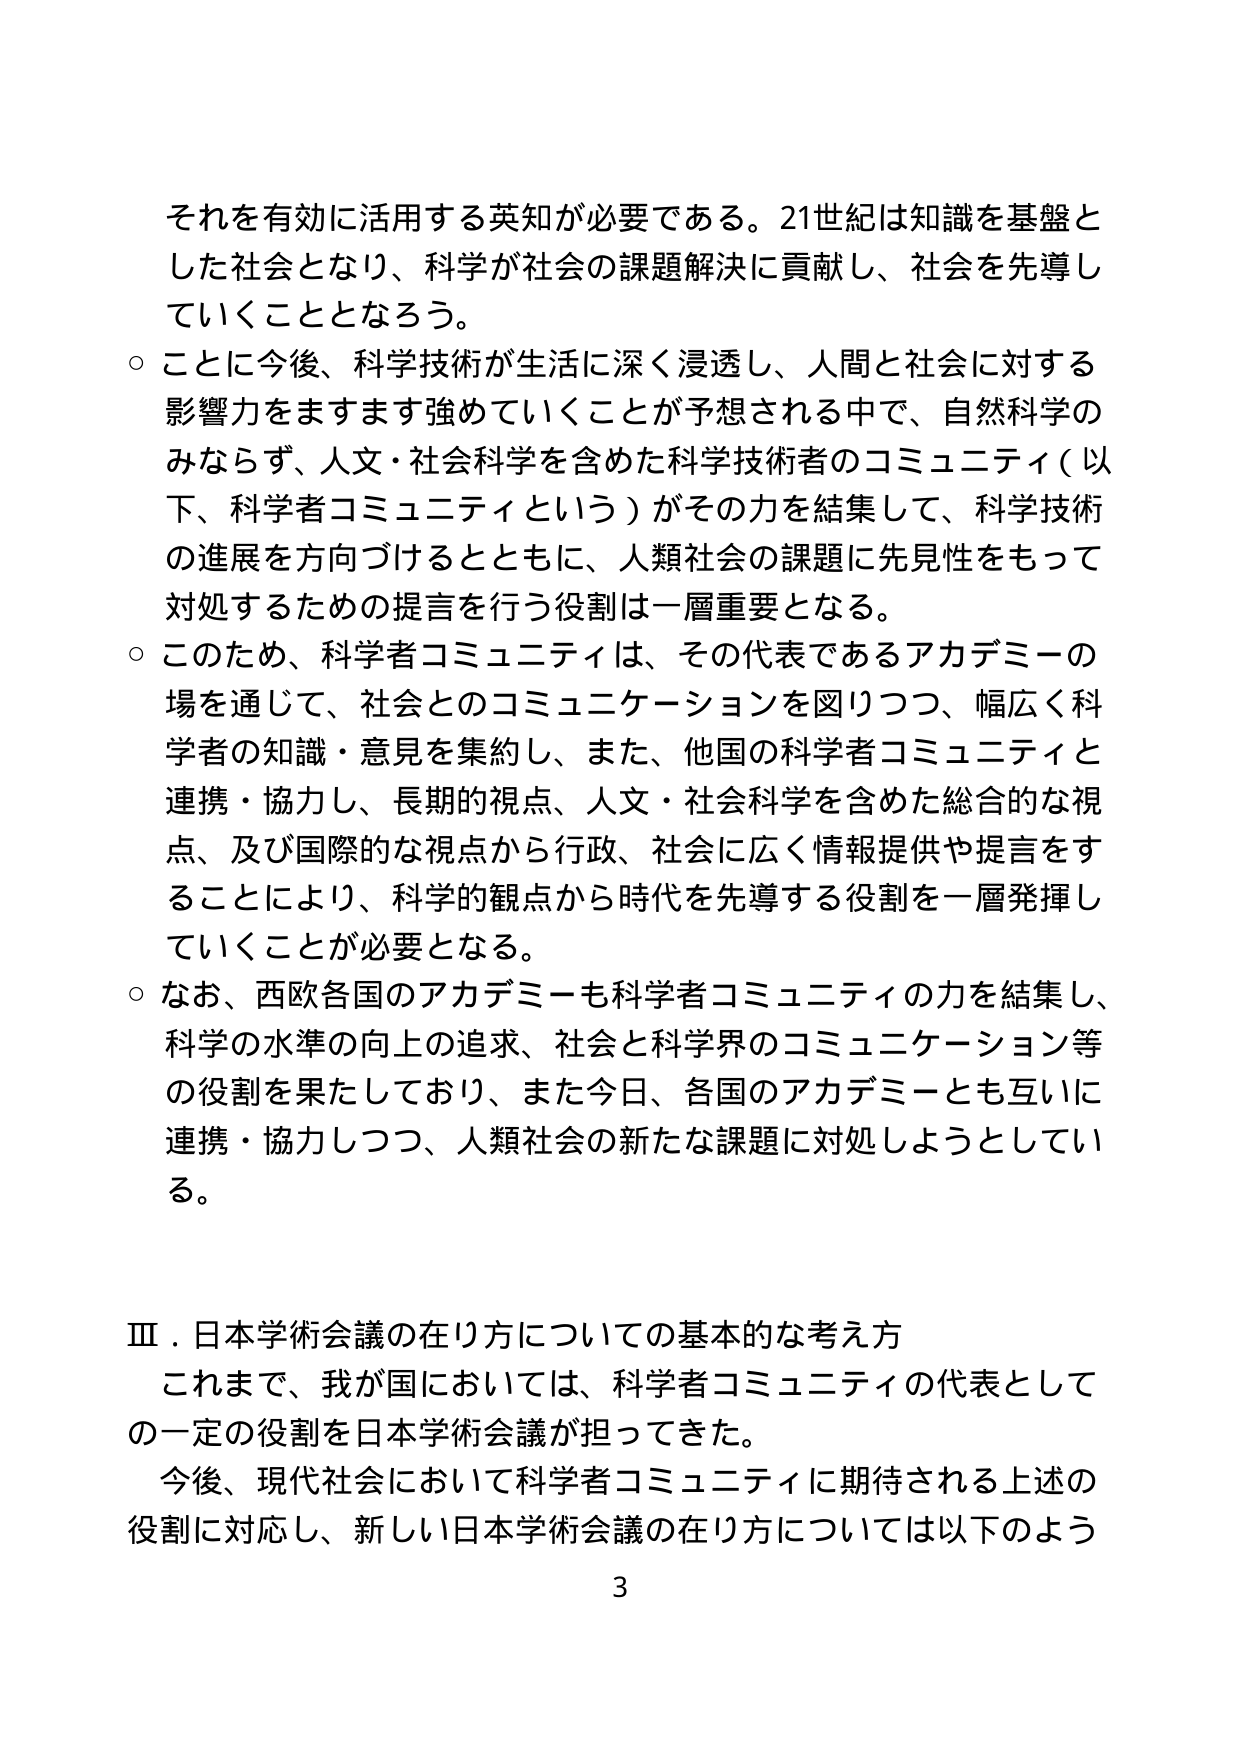
それを有効に活用する英知が必要である。21世紀は知識を基盤とした社会となり、科学が社会の課題解決に貢献し、社会を先導していくこととなろう。

○ ことに今後、科学技術が生活に深く浸透し、人間と社会に対する影響力をますます強めていくことが予想される中で、自然科学のみならず、人文・社会科学を含めた科学技術者のコミュニティ（以下、科学者コミュニティという）がその力を結集して、科学技術の進展を方向づけるとともに、人類社会の課題に先見性をもって対処するための提言を行う役割は一層重要となる。

○ このため、科学者コミュニティは、その代表であるアカデミーの場を通じて、社会とのコミュニケーションを図りつつ、幅広く科学者の知識・意見を集約し、また、他国の科学者コミュニティと連携・協力し、長期的視点、人文・社会科学を含めた総合的な視点、及び国際的な視点から行政、社会に広く情報提供や提言をすることにより、科学的観点から時代を先導する役割を一層発揮していくことが必要となる。

○ なお、西欧各国のアカデミーも科学者コミュニティの力を結集し、科学の水準の向上の追求、社会と科学界のコミュニケーション等の役割を果たしており、また今日、各国のアカデミーとも互いに連携・協力しつつ、人類社会の新たな課題に対処しようとしている。

Ⅲ．日本学術会議の在り方についての基本的な考え方
これまで、我が国においては、科学者コミュニティの代表としての一定の役割を日本学術会議が担ってきた。
今後、現代社会において科学者コミュニティに期待される上述の役割に対応し、新しい日本学術会議の在り方については以下のよう

3